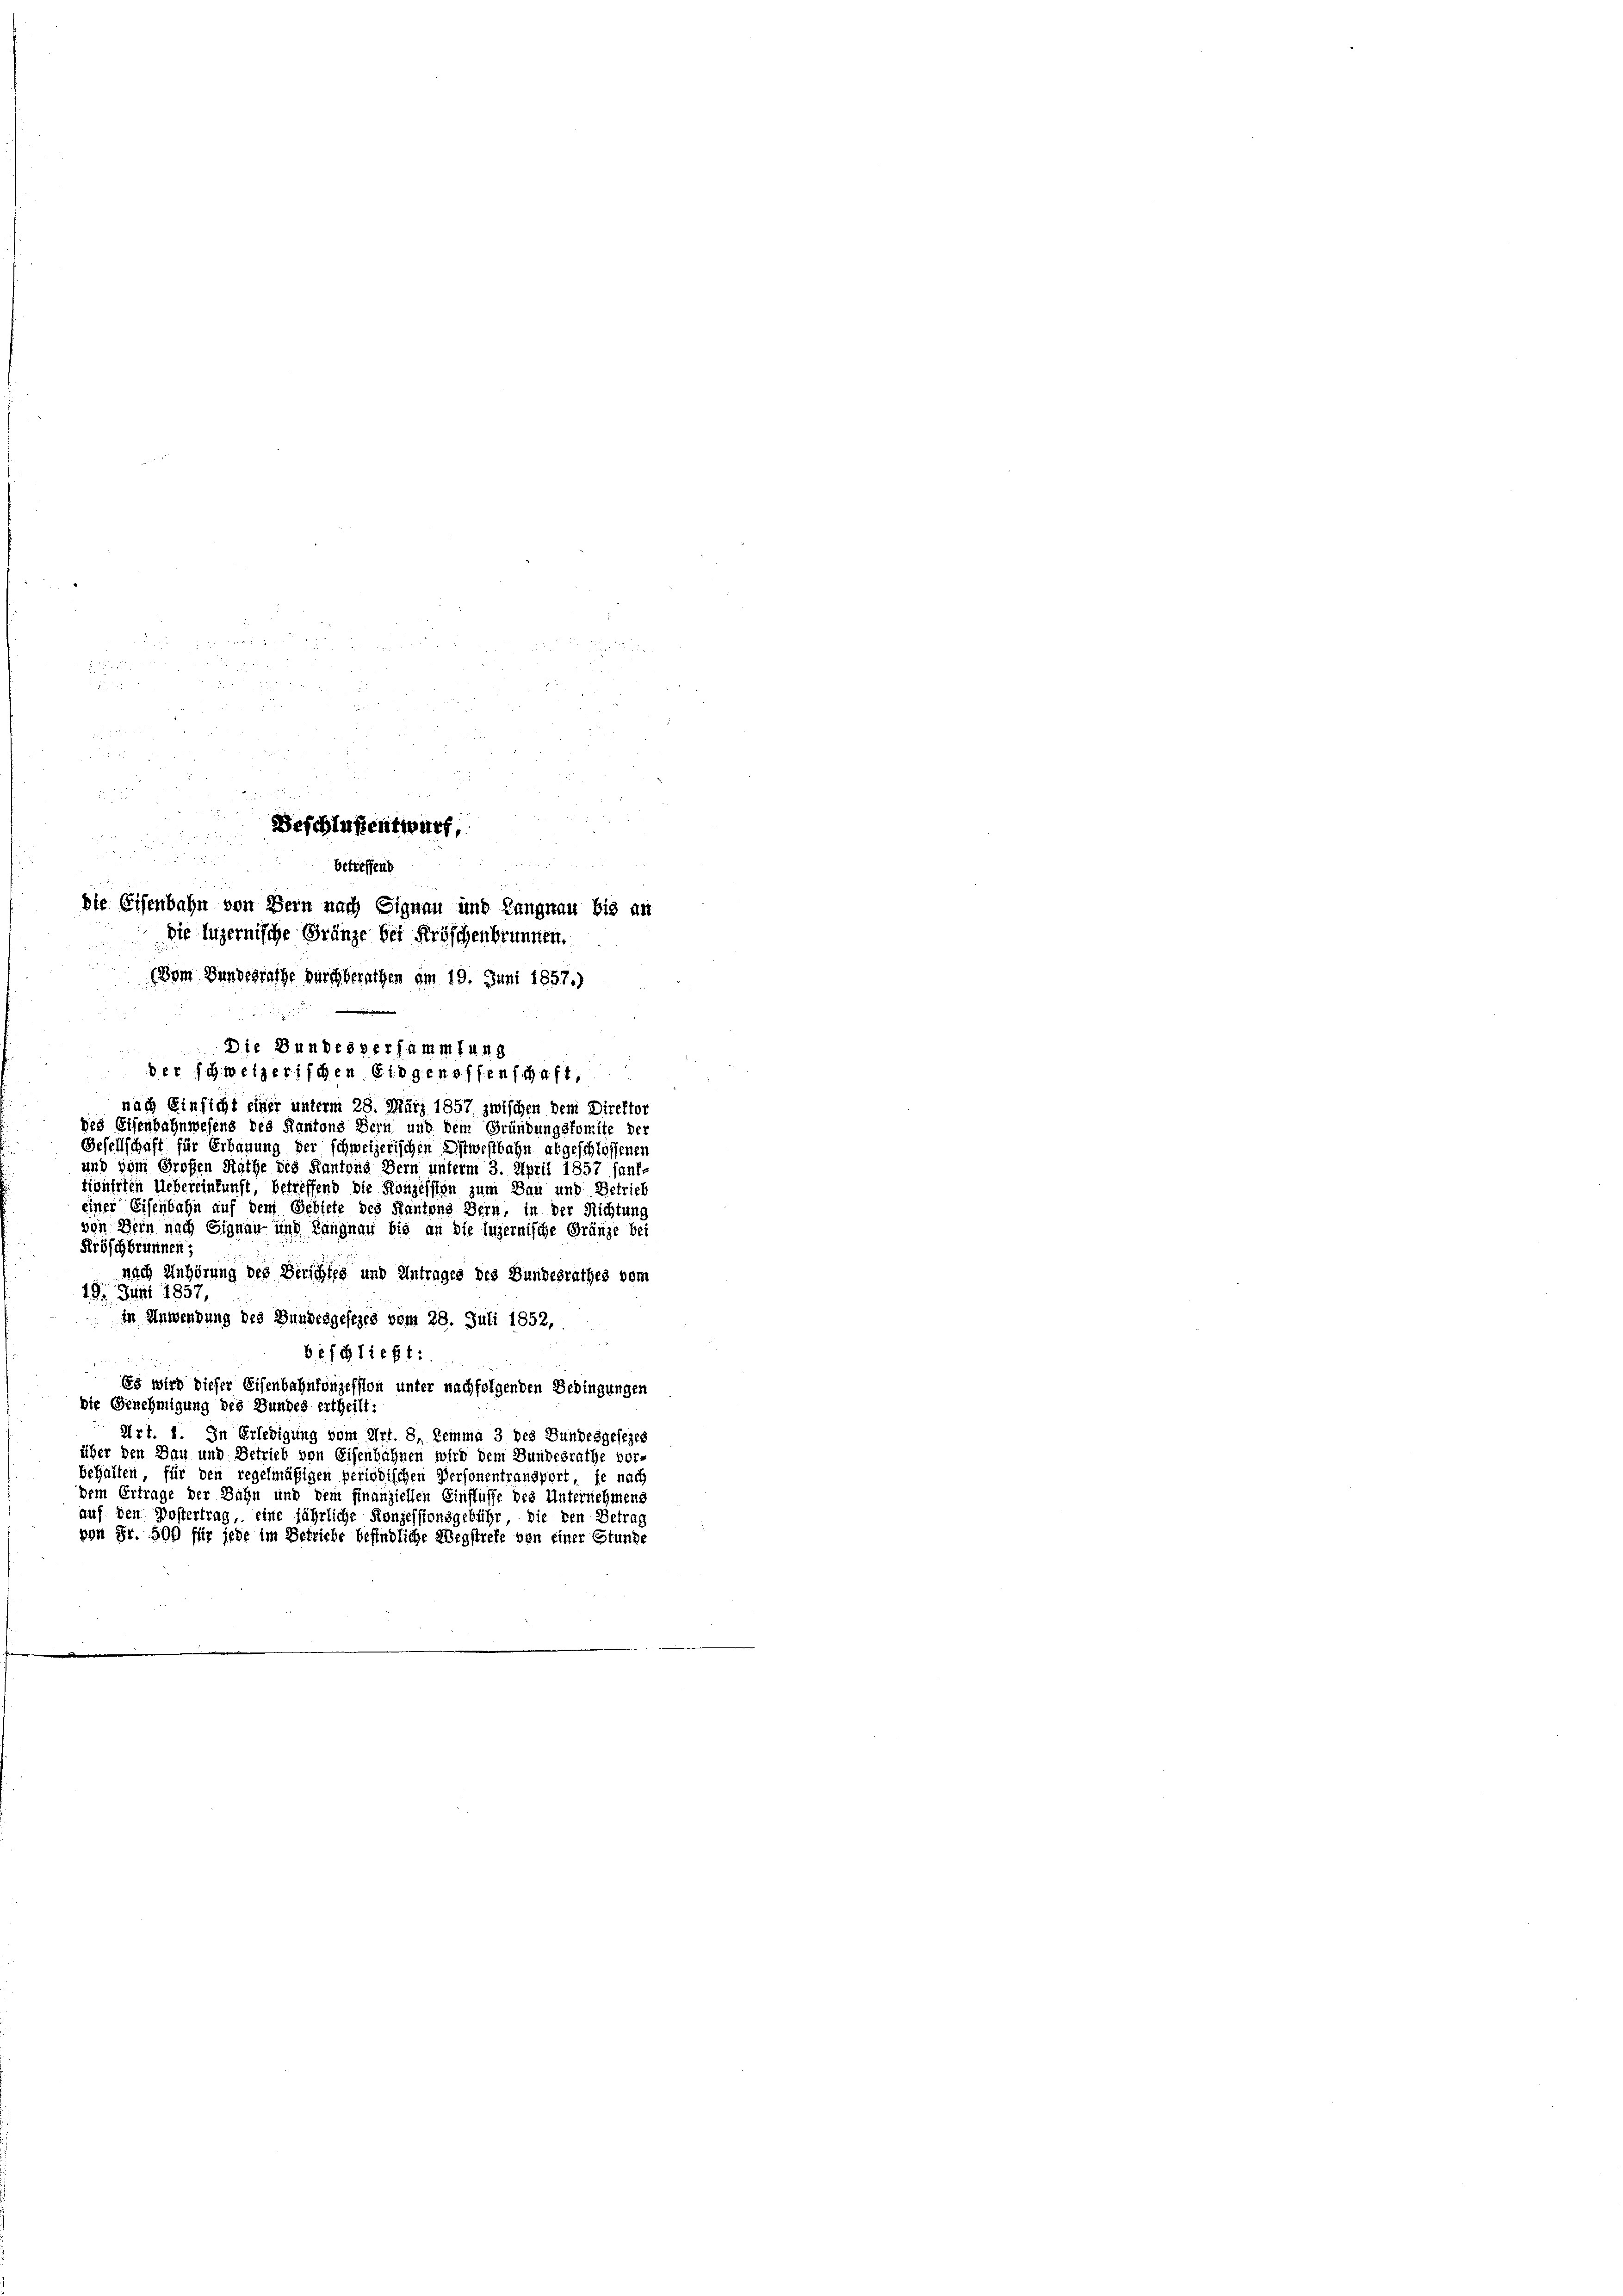
x x x 2
w
u
 0 x
5

4

5
ür
Beschlußentwurf,
 22
betreffend
die Eisenbahn von Bern nach Signau und Langnau bis an
Die luzernische Fränze bei Fröschenbrunnen.
(Vom Bundesrathe durchberathen am 19. Juni 1857.)

nach Einsicht einer unterm 28. März 1857 zwischen dem Direktor
des Eisenbahnwesens des Kantons Bern und dem Gründungskomite der
Gesellschaft für Erbauung der schweizerischen Ostwestbahn abgeschlossenen
und vom Großen Rathe die Kantons Bern unterm 3. April 1857 sanf-
tignirten Uebereinkunft, betreffend die Konzessten zum Bau und Betrieb
einer Eisenbahn auf dem Gebiete des Kantons Bern, in der Richtung
von Bern nach Signau- und Langnau bis an die luzernische Gränze bei
Fröschbrunnen;
nach Anhörung des Berichtes und Antrages des Bundesrathes vom
19. Juni 1857,
in Anwendung des Bundesgesezes vom 28. Juli 1852,
beschließt:
Es wird dieser Eisenbahnkonzession unter nachfolgenden Bedingungen
Die Genehmigung des Bundes ertheilt:
Art. 1. In Erledigung vom Art. 8, Lemma 3 des Bundesgesezes
über den Bau und Betrieb von Eisenbahnen wird dem Bundesrathe vor-
behalten, für den regelmäßigen periodischen Personentransport, je nach
dem Ertrage der Bahn und dem Finanziellen Einflusse des Unternehmens
auf den Postertrag, eine jährliche Konzessionsgebühr, die den Betrag
von Fr. 500 für jede im Betriebe befindliche Wegstrete von einer Stunde

Die Bundesversammlung
der schweizerischen Eidgenossenschaft,